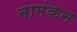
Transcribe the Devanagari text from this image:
नामंकन